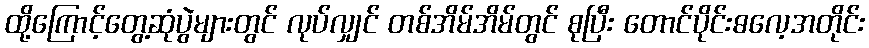
ထို့ကြောင့်တွေ့ဆုံပွဲများတွင် လုပ်လျှင် တစ်အိမ်အိမ်တွင် စုပြီး တောင်ပိုင်းဓလေ့အတိုင်း